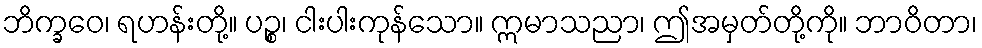
ဘိက္ခဝေ၊ ရဟန်းတို့။ ပဉ္စ၊ ငါးပါးကုန်သော။ ဣမာသညာ၊ ဤအမှတ်တို့ကို။ ဘာဝိတာ၊